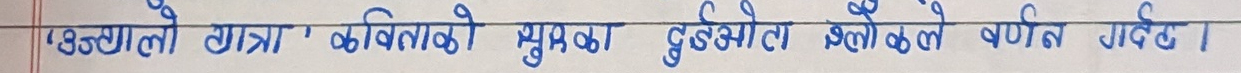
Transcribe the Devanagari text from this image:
‘असगालो यात्रा कविताको सुभुका दृस्टीकोले वर्णन गर्छ।